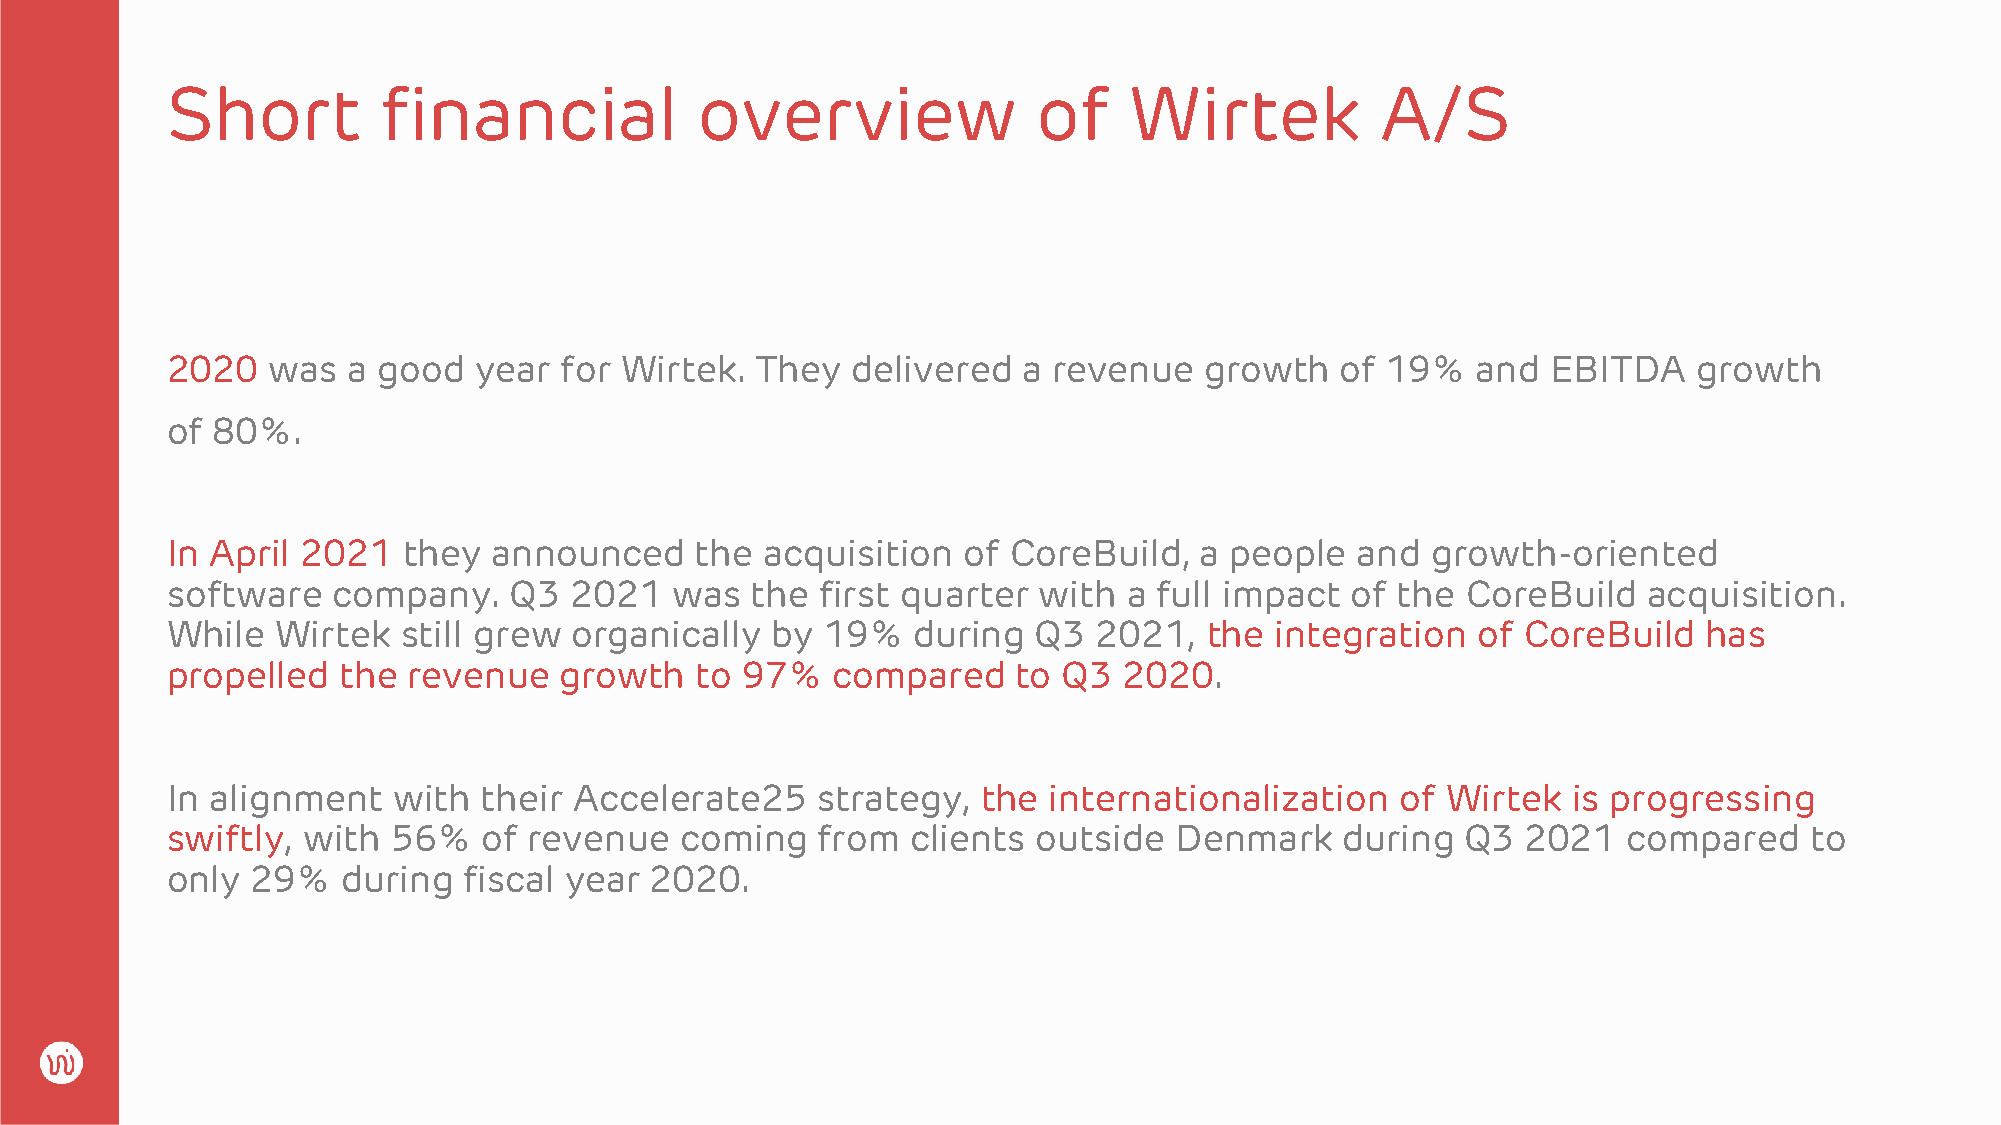
Short         financial            overview               of    Wirtek          A/S
 2020   was  a good  year  for Wirtek.  They  delivered   a revenue   growth   of 19%   and  EBITDA   growth
 of 80%.
 In April 2021   they announced     the acquisition   of CoreBuild,  a people   and  growth-oriented
 software   company.    Q3  2021  was   the first quarter  with  a full impact of the  CoreBuild   acquisition.
 While  Wirtek   still grew organically  by 19%   during   Q3  2021,  the integration   of CoreBuild   has
 propelled  the  revenue   growth   to 97%   compared    to Q3  2020.
 In alignment   with  their Accelerate25    strategy,  the internationalization    of Wirtek  is progressing
 swiftly, with  56%   of revenue   coming   from  clients  outside  Denmark    during  Q3  2021   compared    to
 only  29%   during  fiscal year 2020.